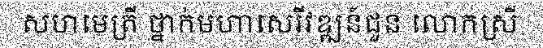
សហមេត្រី ថ្នាក់មហាសេរីវឌ្ឍន៍ជួន លោកស្រី